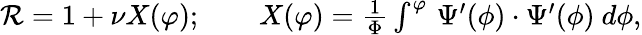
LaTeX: \begin{array}{r}{\mathcal{R}=1+\nu X(\varphi);\qquad X(\varphi)=\frac{1}{\Phi}\int^{\varphi}\, \Psi^{\prime}(\phi)\cdot\Psi^{\prime}(\phi)~d\phi,}\end{array}